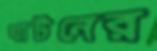
ঘাটনের